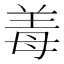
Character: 𬙰